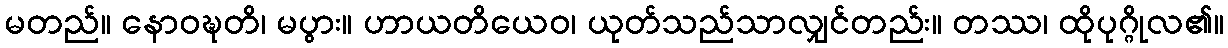
မတည်။ နောဝဍ္ဎတိ၊ မပွား။ ဟာယတိယေဝ၊ ယုတ်သည်သာလျှင်တည်း။ တဿ၊ ထိုပုဂ္ဂိုလ၏။